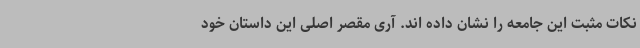
نکات مثبت این جامعه را نشان داده اند. آری مقصر اصلی این داستان خود